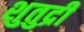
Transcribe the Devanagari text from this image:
शुतुद्री